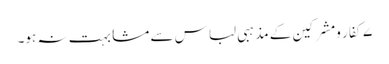
۷کفار ومشرکین کے مذہبی لباس سے مشابہت نہ ہو۔